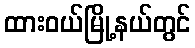
ထားဝယ်မြို့နယ်တွင်